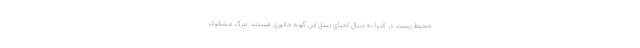
محیط زیست در کنیا به دنبال احیای نسل این گونه جانوری هستند. مرگ مشکوک